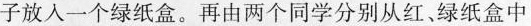
子放入一个绿纸盒。再由两个同学分别从红、绿纸盒中